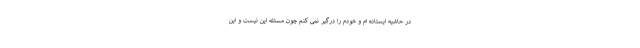
در حاشیه ایستاده ام و خودم را درگیر نمی کنم چون مسئله این نیست و این